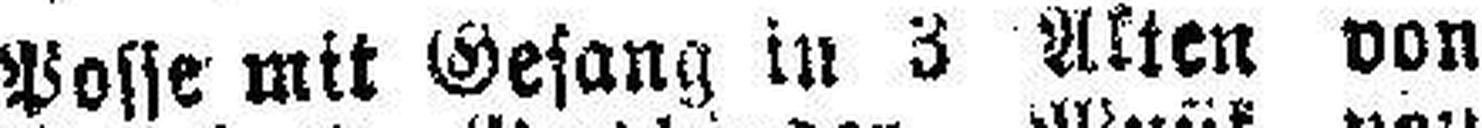
Posse mit Gesang in 3 Alten von